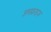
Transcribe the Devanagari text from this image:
डमफ्राइज